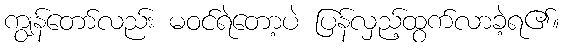
ကျွန်တော်လည်း မဝင်ရဲတော့ပဲ ပြန်လှည့်ထွက်လာခဲ့ရ၏။